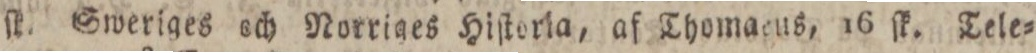
ſk. Sweriges och Norriges Hiſtoria, af Thomaeus, 16 ſk. Tele=